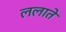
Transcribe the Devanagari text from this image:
ललाते